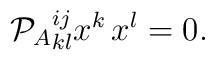
{\cal P}_A{}^{ij}_{kl}x^k\,x^l=0 .